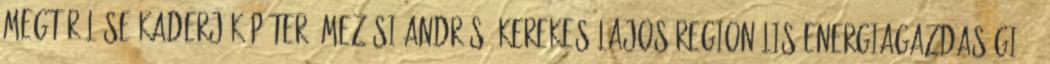
megtérülése Kaderják Péter, Mezősi András, Kerekes Lajos Regionális Energiagazdasági."—